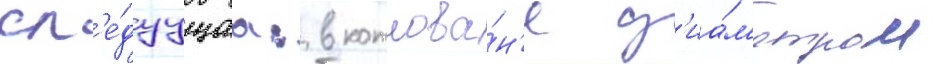
сл'е́дуущаа: в котлова́н'е д'иа́м'етром